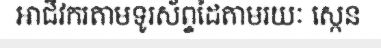
អាជីវករតាមទូរស័ព្ទដៃតាមរយៈ ស្កេន